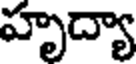
హృద్యా